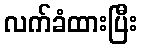
လက်ခံထားပြီး